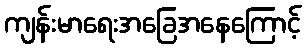
ကျန်းမာရေးအခြေအနေကြောင့်